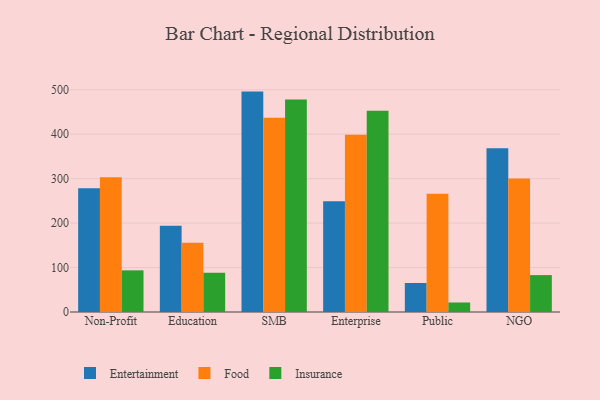
{"axis": {"x": "Segment", "y": "Inventory Turnover"}, "legend": ["Entertainment", "Food", "Insurance"], "data": [{"x": "Non-Profit", "y": 278.3, "type": "Entertainment"}, {"x": "Non-Profit", "y": 303.4, "type": "Food"}, {"x": "Non-Profit", "y": 93.7, "type": "Insurance"}, {"x": "Education", "y": 194.1, "type": "Entertainment"}, {"x": "Education", "y": 155.6, "type": "Food"}, {"x": "Education", "y": 88.3, "type": "Insurance"}, {"x": "SMB", "y": 495.8, "type": "Entertainment"}, {"x": "SMB", "y": 436.7, "type": "Food"}, {"x": "SMB", "y": 478.2, "type": "Insurance"}, {"x": "Enterprise", "y": 249.0, "type": "Entertainment"}, {"x": "Enterprise", "y": 398.9, "type": "Food"}, {"x": "Enterprise", "y": 452.5, "type": "Insurance"}, {"x": "Public", "y": 65.3, "type": "Entertainment"}, {"x": "Public", "y": 265.9, "type": "Food"}, {"x": "Public", "y": 21.4, "type": "Insurance"}, {"x": "NGO", "y": 368.2, "type": "Entertainment"}, {"x": "NGO", "y": 300.3, "type": "Food"}, {"x": "NGO", "y": 83.0, "type": "Insurance"}]}